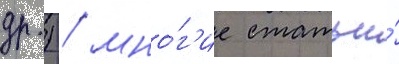
др.) / мно́г'ие статьи́